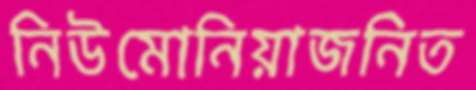
নিউমোনিয়াজনিত